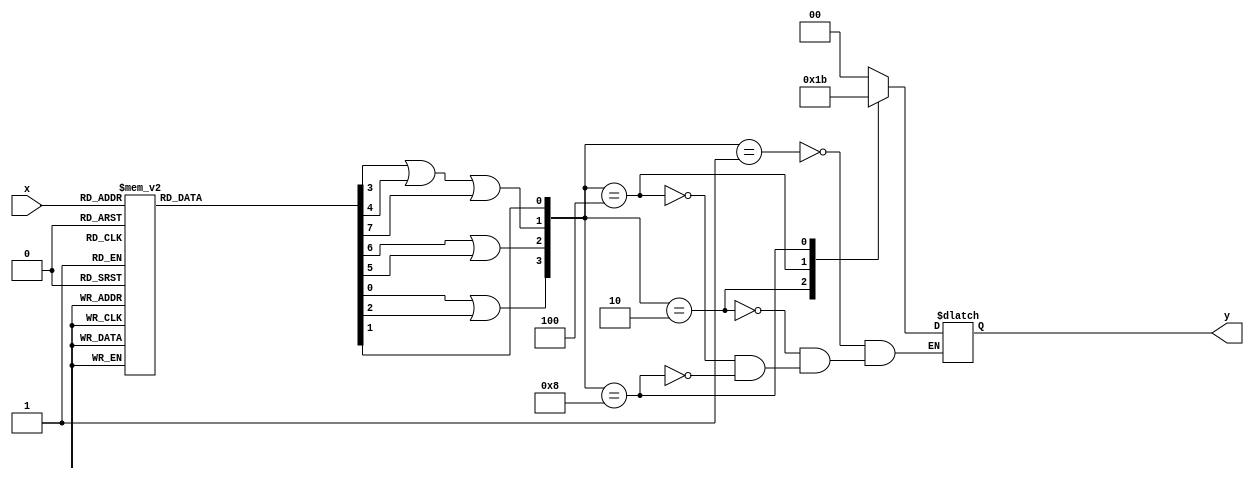
module second1(
	input wire [2:0] x,
	output reg [1:0] y
);
	reg [7:0] decoder;
	wire [3:0] encoder;
	always @*
	begin
		case(x)
			3'd0: decoder = 8'b00000001;
			3'd1: decoder = 8'b00000010;
			3'd2: decoder = 8'b00000100;
			3'd3: decoder = 8'b00001000;
			3'd4: decoder = 8'b00010000;
			3'd5: decoder = 8'b00100000;
			3'd6: decoder = 8'b01000000;
			3'd7: decoder = 8'b10000000;
		endcase
	end
	assign encoder[0] = decoder[1];
	assign encoder[1] = decoder[3] | decoder[4] | decoder[7];
	assign encoder[2] = decoder[6] | decoder[5];
	assign encoder[3] = decoder[0] | decoder[2];
	always @(decoder)
	begin
		case (encoder)
			4'b0001: y = 2'b00;
			4'b0010: y = 2'b01;
			4'b0100: y = 2'b10;
			4'b1000: y = 2'b11;
		endcase
	end
endmodule